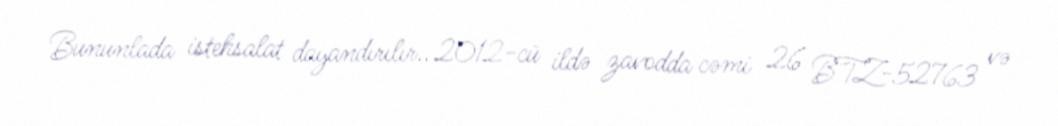
Bununlada istehsalat dayandırılır.. 2012-cü ildə zavodda cəmi 26 BTZ-52763 və